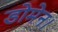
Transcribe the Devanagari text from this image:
डोमेन।